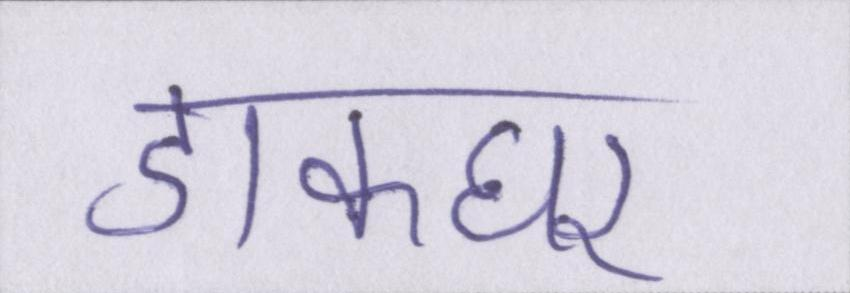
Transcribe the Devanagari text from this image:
डाकघर